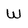
Character: w